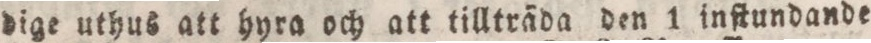
dige uthus att hyra och att tillträda den 1 inſtundande